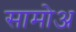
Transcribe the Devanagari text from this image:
सामोअ